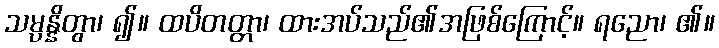
သမ္ပန္နိတွာ၊ ၍။ ထပိတတ္တာ၊ ထားအပ်သည်၏အဖြစ်ကြောင့်။ ရညော၊ ၏။